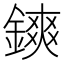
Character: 鏯